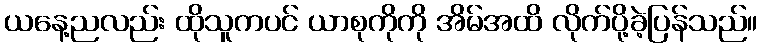
ယနေ့ညလည်း ထိုသူကပင် ယာစုကိုကို အိမ်အထိ လိုက်ပို့ခဲ့ပြန်သည်။